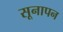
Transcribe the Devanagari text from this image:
सूनापन